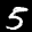
Label: 5